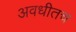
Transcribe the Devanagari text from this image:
अवधीतच